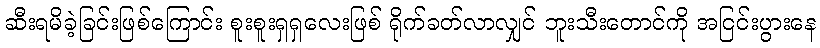
ဆီးရမိခဲ့ခြင်းဖြစ်ကြောင်း စူးစူးရှရှလေးဖြစ် ရိုက်ခတ်လာလျှင် ဘူးသီးတောင်ကို အငြင်းပွားနေ